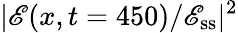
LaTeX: |\mathscr{E}(x,t=450)/\mathscr{E}_{\mathrm{{ss}}}|^{2}